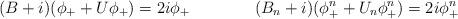
LaTeX: \begin{align*}(B+i)(\phi_++U\phi_+)=2i\phi_+\qquad\qquad(B_n+i)(\phi_+^n+U_n\phi_+^n)=2i\phi_+^n\end{align*}